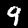
Digit: 9